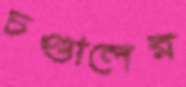
চণ্ডালের